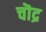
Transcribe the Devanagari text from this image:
चॊद्र